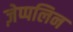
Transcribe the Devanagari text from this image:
ज़ेप्पलिन